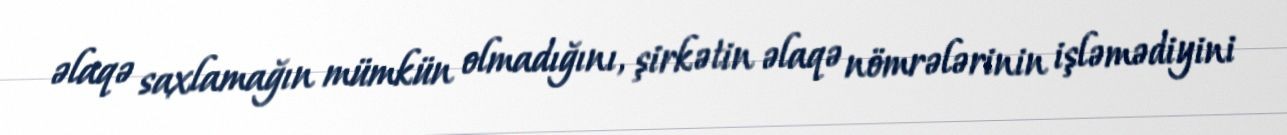
əlaqə saxlamağın mümkün olmadığını, şirkətin əlaqə nömrələrinin işləmədiyini